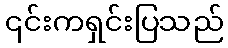
၎င်းကရှင်းပြသည်